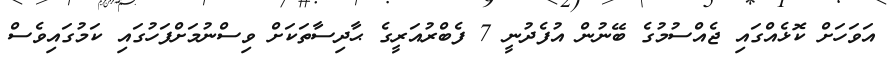
އަވަހަށް ކޮޅެއްގައި ޖެއްސުމުގެ ބޭނުން އުފެދުނީ 7 ފެބްރުއަރީގެ ޙާދިސާތަކަށް ވިސްނުމަށްފަހުގައި ކަމުގައިވެސް